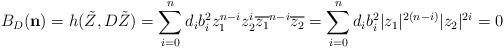
LaTeX: \begin{align*}B_{D}(\mathbf{n})=h(\tilde{Z},D\tilde{Z})=\sum_{i=0}^{n}d_{i}b_{i}^{2}z_{1}^{n-i}z_{2}^{i}\overline{z_{1}}^{n-i}\overline{z_{2}}=\sum_{i=0}^{n}d_{i}b_{i}^{2}|z_{1}|^{2(n-i)}|z_{2}|^{2i}=0\end{align*}